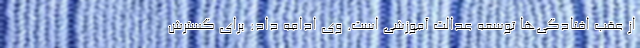
از عقب افتادگی‌ها توسعه عدالت آموزشی است. وی ادامه داد: برای گسترش